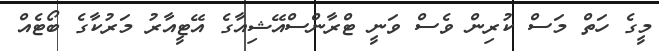
މީގެ ހަތް މަސް ކުރިން ވެސް ވަނީ ޓްރާންސްއޭޝިއާގެ އޭޓީއާރު މަރުކާގެ ބޯޓެއް